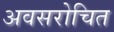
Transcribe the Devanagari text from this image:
अवसरोचित